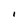
Character: I